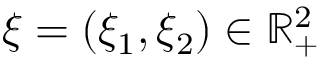
\xi = ( \xi _ { 1 } , \xi _ { 2 } ) \in \mathbb { R } _ { + } ^ { 2 }